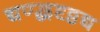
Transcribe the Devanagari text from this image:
द्यण्द्धदृठ्ठद्य